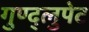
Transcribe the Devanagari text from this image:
गुण्द्लुपेट